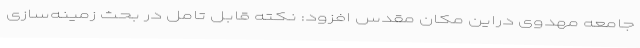
جامعه مهدوی دراین مکان مقدس افزود: نکته قابل تامل در بحث زمینه‌سازی